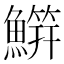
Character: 𬵭